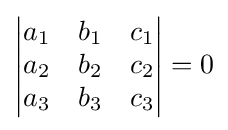
\left|{\begin{matrix}a_{1}&b_{1}&c_{1}\\a_{2}&b_{2}&c_{2}\\a_{3}&b_{3}&c_{3}\end{matrix}}\right|=0